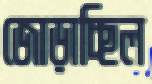
জোড়াচ্ছিল